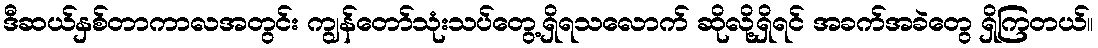
ဒီဆယ်နှစ်တာကာလအတွင်း ကျွန်တော်သုံးသပ်တွေ့ရှိရသလောက် ဆိုလို့ရှိရင် အခက်အခဲတွေ ရှိကြတယ်။